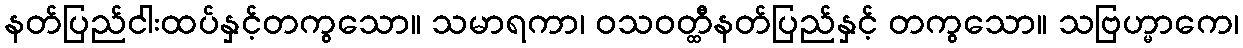
နတ်ပြည်ငါးထပ်နှင့်တကွသော။ သမာရကာ၊ ဝသဝတ္ထီနတ်ပြည်နှင့် တကွသော။ သဗြဟ္မာကေ၊